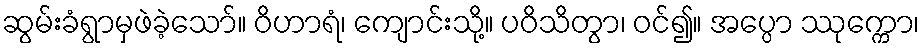
ဆွမ်းခံရွာမှဖဲခဲ့သော်။ ဝိဟာရံ၊ ကျောင်းသို့။ ပဝိသိတွာ၊ ဝင်၍။ အပ္ပော ဿုက္ကော၊